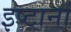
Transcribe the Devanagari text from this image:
इष्टानां